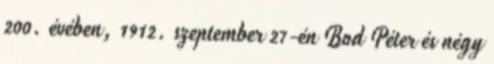
200. évében, 1912. szeptember 27-én Bod Péter és négy